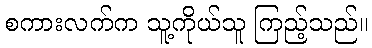
စကားလက်က သူ့ကိုယ်သူ ကြည့်သည်။